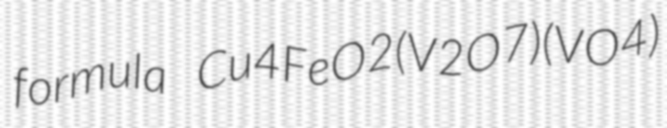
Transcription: formula Cu4FeO2(V2O7)(VO4)